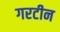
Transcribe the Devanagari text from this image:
गरटीन